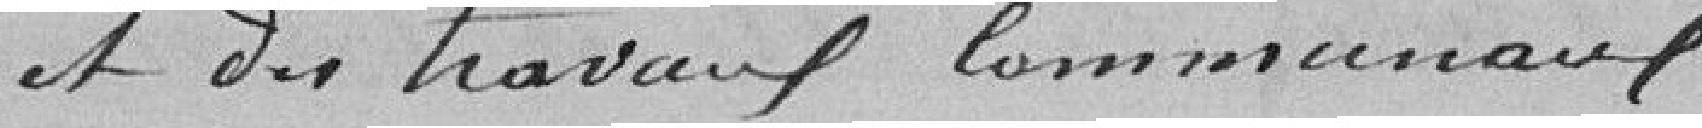
Et des travaux communaux